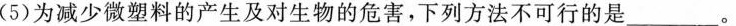
(5)为减少微塑料的产生及对生物的危害，下列方法不可行的是________________。